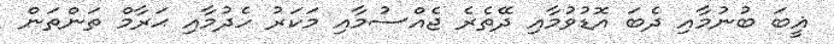
ޣީބަ ބުނުމާއި ދެބަ އޮޑުވުމާއި ދޭތެރެ ޖެއްސުމާއި މަކަރު ހެދުމާއި ޙަރާމް ތަންތަން